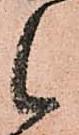
候